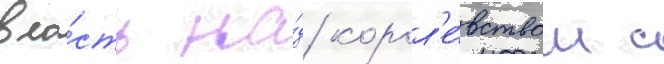
вла́сть на́д корол'е́вством с